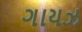
ગાયઝ